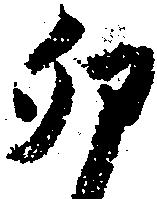
卯